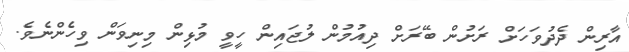
އާރިން ދެދުވަހަށް ރަށުން ބޭރަށް ދިއުމުން ލުޖައިން ހީވީ މުޅިން މިނިވަން ވިހެންނެވެ.